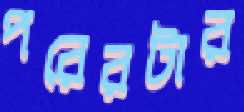
পরেরটার